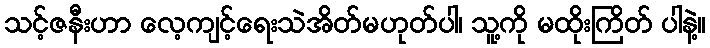
သင့်ဇနီးဟာ လေ့ကျင့်ရေးသဲအိတ်မဟုတ်ပါ၊ သူ့ကို မထိုးကြိတ် ပါနဲ့။